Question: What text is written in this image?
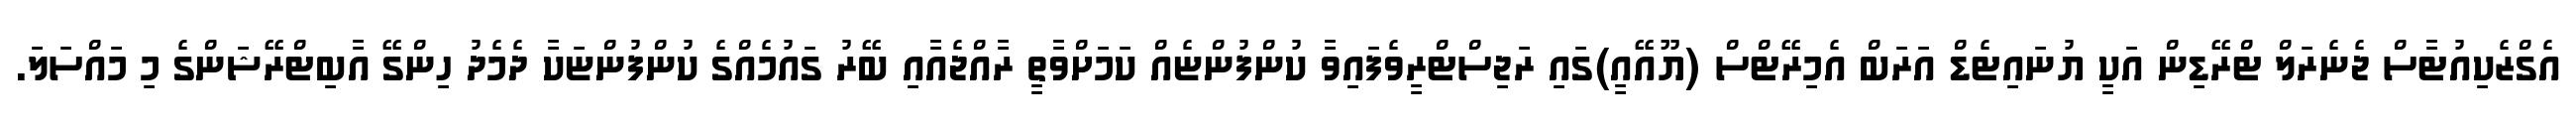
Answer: އެގްޒެކިއުޓާސް ޖެނެރަލް ޓްރޭޑިން އަކީ ޔުނައިޓެޑް އަރަބް އެމިރޭޓްސް (ޔޫއޭއީ)ގައި ރަޖިސްޓްރީވެފައިވާ ކުންފުންޏެއް ކަމަށްވާތީ ރާއްޖެއާއި ބޭރު ގައުމެއްގެ ކުންފުންޏަކާ ދެމެދު ހިންގޭ އާބިޓްރޭޝަންގެ މި މައްސަލަ.